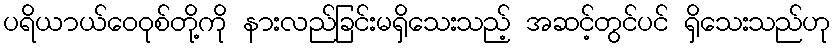
ပရိယာယ်ဝေဝုစ်တို့ကို နားလည်ခြင်းမရှိသေးသည့် အဆင့်တွင်ပင် ရှိသေးသည်ဟု